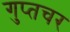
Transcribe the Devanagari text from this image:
गुप्‍तचर